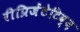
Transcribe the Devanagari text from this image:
रीप्रिजेंटेटिव्ज़